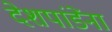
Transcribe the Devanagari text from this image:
देशपांडेंना